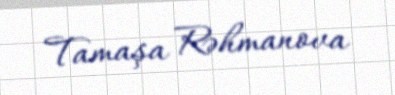
Tamaşa Rəhmanova